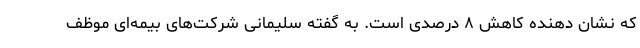
که نشان دهنده کاهش ۸ درصدی است. به گفته سلیمانی شرکت‌های بیمه‌ای موظف